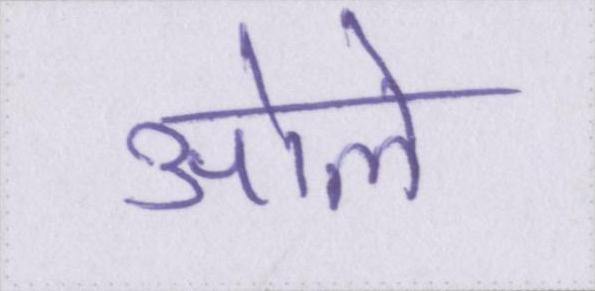
ओले